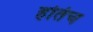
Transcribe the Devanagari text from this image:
होतंच